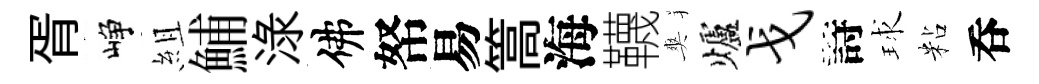
胥峥組鯆渌佛帑易篙海韈爽爐戈詩球粘呑